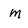
Character: m